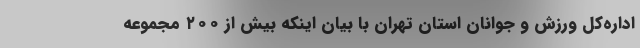
اداره‌کل ورزش و جوانان استان تهران با بیان اینکه بیش از ۲۰۰ مجموعه